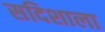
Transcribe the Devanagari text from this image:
सदिशाला